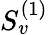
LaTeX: S_{v}^{(1)}